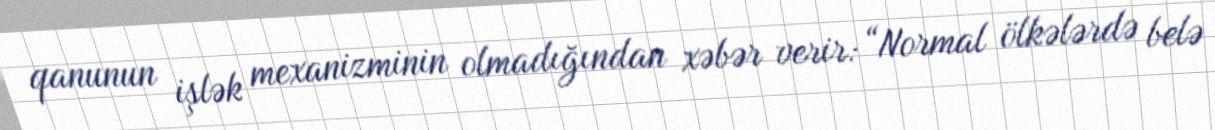
qanunun işlək mexanizminin olmadığından xəbər verir: “Normal ölkələrdə belə